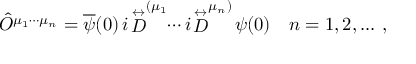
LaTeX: \hat { O } ^ { \mu _ { 1 } \cdots \mu _ { n } } = \overline { { { \psi } } } ( 0 ) \, i \! \stackrel { \leftrightarrow } { D } ^ { ( \mu _ { 1 } } \! \! \cdots i \! \stackrel { \leftrightarrow } { D } ^ { \mu _ { n } ) } \! \psi ( 0 ) ~ ~ ~ n = 1 , 2 , . . . \ ,